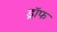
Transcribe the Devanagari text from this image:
ड्रॉफ